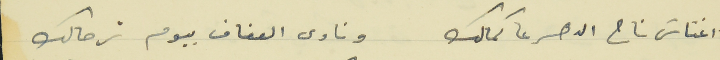
اغناسَ ناح الدهر عا كمالك                                  ونادى العفاف بيوم ترحالك